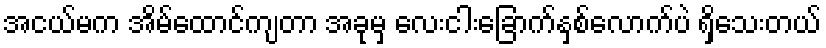
အငယ်မက အိမ်ထောင်ကျတာ အခုမှ လေးငါးခြောက်နှစ်လောက်ပဲ ရှိသေးတယ်